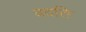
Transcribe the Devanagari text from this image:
वदति